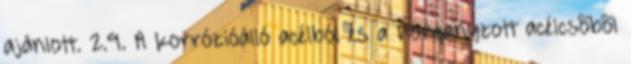
ajánlott. 2.9. A korrózióálló acélból és a horganyzott acélcsõbõl